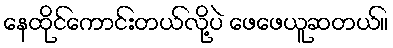
နေထိုင်ကောင်းတယ်လို့ပဲ ဖေဖေယူဆတယ်။